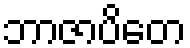
ဘာဇာပိတေ